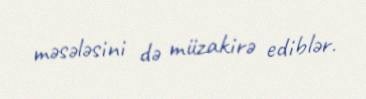
məsələsini də müzakirə ediblər.